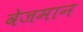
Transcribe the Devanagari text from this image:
वेजमान